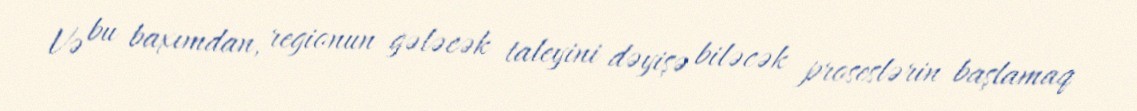
Və bu baxımdan, regionun gələcək taleyini dəyişə biləcək proseslərin başlamaq